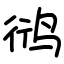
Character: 鸻